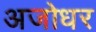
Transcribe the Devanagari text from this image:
अजोधर